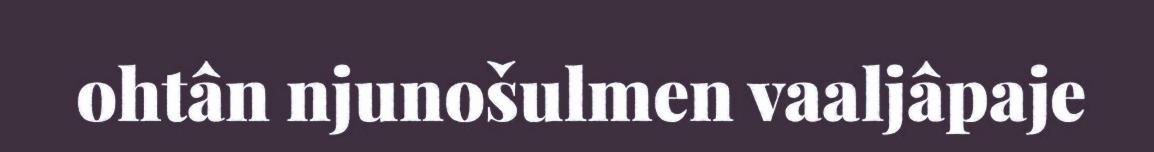
ohtân njunošulmen vaaljâpaje